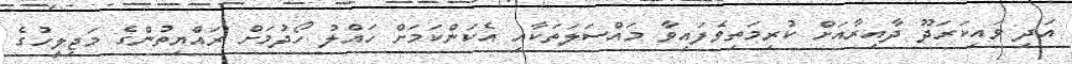
އަދި ވައިކަރަދޫ ދާއިރާއަށް ކުރިމަތިވެފައިވާ މައްސަލަތަކާއި އެކަންކަމަށް ހައްލު ހޯދުމަށް ރައްޔިތުންގެ މަޖިލީހުގެ